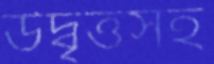
উদ্বৃত্তসহ